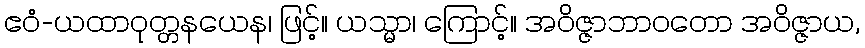
ဧဝံ-ယထာဝုတ္တနယေန၊ ဖြင့်။ ယသ္မာ၊ ကြောင့်။ အဝိဇ္ဇာဘာဝတော အဝိဇ္ဇာယ,